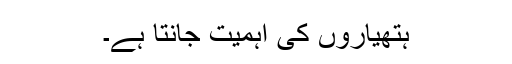
ہتھیاروں کی اہمیت جانتا ہے۔